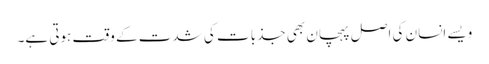
ویسے انسان کی اصل پہچان بھی جذبات کی شدت کے وقت ہوتی ہے۔